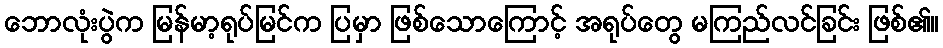
ဘောလုံးပွဲက မြန်မာ့ရုပ်မြင်က ပြမှာ ဖြစ်သောကြောင့် အရုပ်တွေ မကြည်လင်ခြင်း ဖြစ်၏။